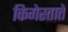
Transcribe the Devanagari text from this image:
किगेस्ताते